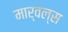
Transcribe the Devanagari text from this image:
मार्वल्स